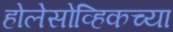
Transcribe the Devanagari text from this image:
होलेसोव्हिकच्या